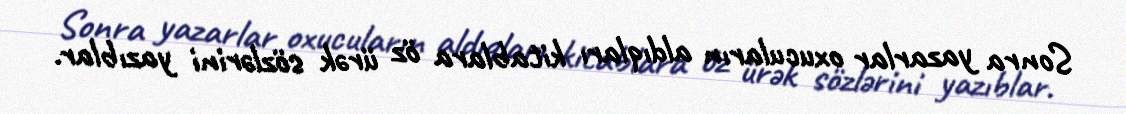
Sonra yazarlar oxucuların aldıqları kitablara öz ürək sözlərini yazıblar.